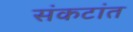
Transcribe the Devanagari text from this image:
संकटांत